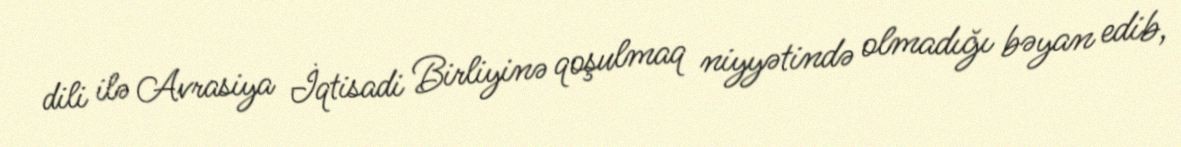
dili ilə Avrasiya İqtisadi Birliyinə qoşulmaq niyyətində olmadığı bəyan edib,